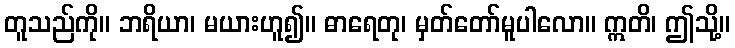
တူသည်ကို။ ဘရိယာ၊ မယားဟူ၍။ ဓာရေတု၊ မှတ်တော်မူပါလော။ ဣတိ၊ ဤသို့။